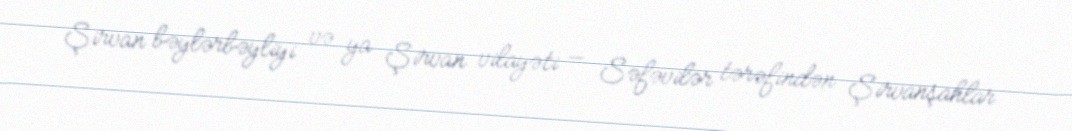
Şirvan bəylərbəyliyi və ya Şirvan vilayəti — Səfəvilər tərəfindən Şirvanşahlar